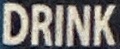
DRINK